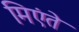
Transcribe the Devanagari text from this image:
मिएंते